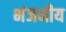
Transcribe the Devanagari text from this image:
भंजनीय